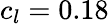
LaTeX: c_{l}=0.18